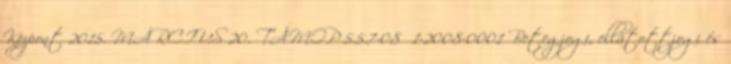
Központ 2015. MÁRCIUS 20. TÁMOP 5.5.7-08 1-2008-0001 Betegjogi, ellátottjogi és